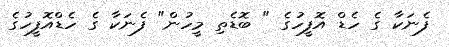
ފެނަކާ ގެ ހެޑް އޮފީހުގެ " ބޮޑެތި މީހުން" ފެނަކާ ގެ ހެޑްއޮފީހުގެ